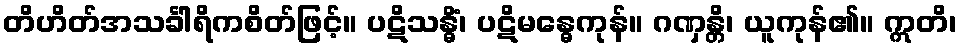
တိဟိတ်အသင်္ခါရိကစိတ်ဖြင့်။ ပဋိသန္ဓိံ၊ ပဋိမန္ဓေကုန်။ ဂဏှန္တိ၊ ယူကုန်၏။ ဣတိ၊